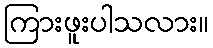
ကြားဖူးပါသလား။